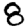
Digit: 8